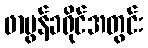
ဖာပွန်ခရိုင်အတွင်း